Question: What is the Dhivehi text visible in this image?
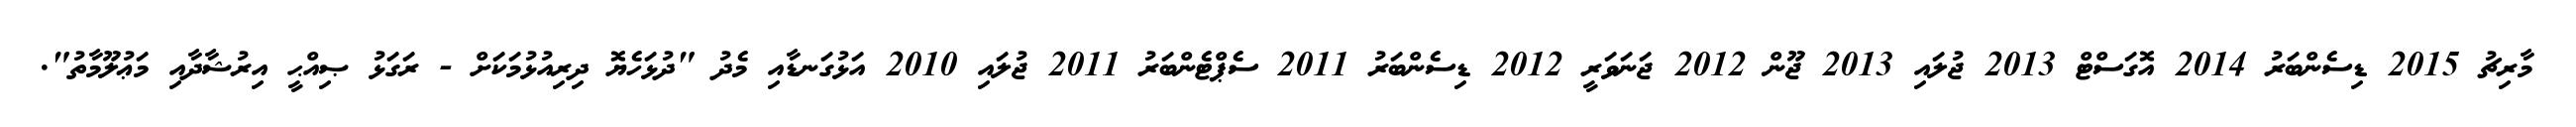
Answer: މާރިޗު 2015 ޑިސެންބަރު 2014 އޮގަސްޓް 2013 ޖުލައި 2013 ޖޫން 2012 ޖަނަވަރީ 2012 ޑިސެންބަރު 2011 ސެޕްޓެންބަރު 2011 ޖުލައި 2010 އަޅުގަނޑާއި މެދު "ދުޅަހެޔޮ ދިރިއުޅުމަކަށް - ރަގަޅު ޞިއްޙީ އިރުޝާދާއި މަޢުލޫމާތު".